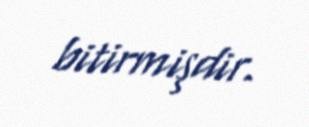
bitirmişdir.